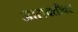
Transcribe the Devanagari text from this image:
आसक्तीवर